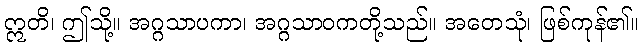
ဣတိ၊ ဤသို့။ အဂ္ဂသာပကာ၊ အဂ္ဂသာဝကတို့သည်။ အတေသုံ၊ ဖြစ်ကုန်၏။